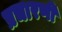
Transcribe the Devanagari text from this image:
प्रचारणी